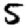
Digit: 5